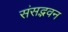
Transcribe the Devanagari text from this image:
संसद्भवन